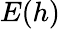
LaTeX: E(h)